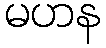
မဟန